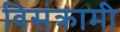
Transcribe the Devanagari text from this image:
विसंक्रामी